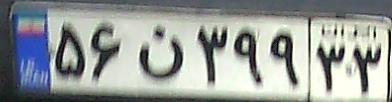
۵۶ن۳۹۹۳۳